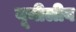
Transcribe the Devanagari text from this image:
यूनीलीव